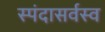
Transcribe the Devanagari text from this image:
स्पंदासर्वस्व